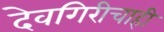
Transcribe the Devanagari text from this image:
देवगिरीचाही